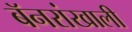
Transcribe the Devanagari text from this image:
बॅनरांखाली